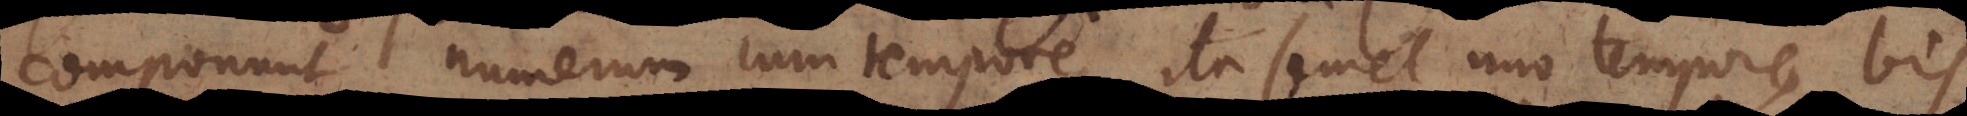
componunt numerum cum tempore, ita semel uno tempore, bis